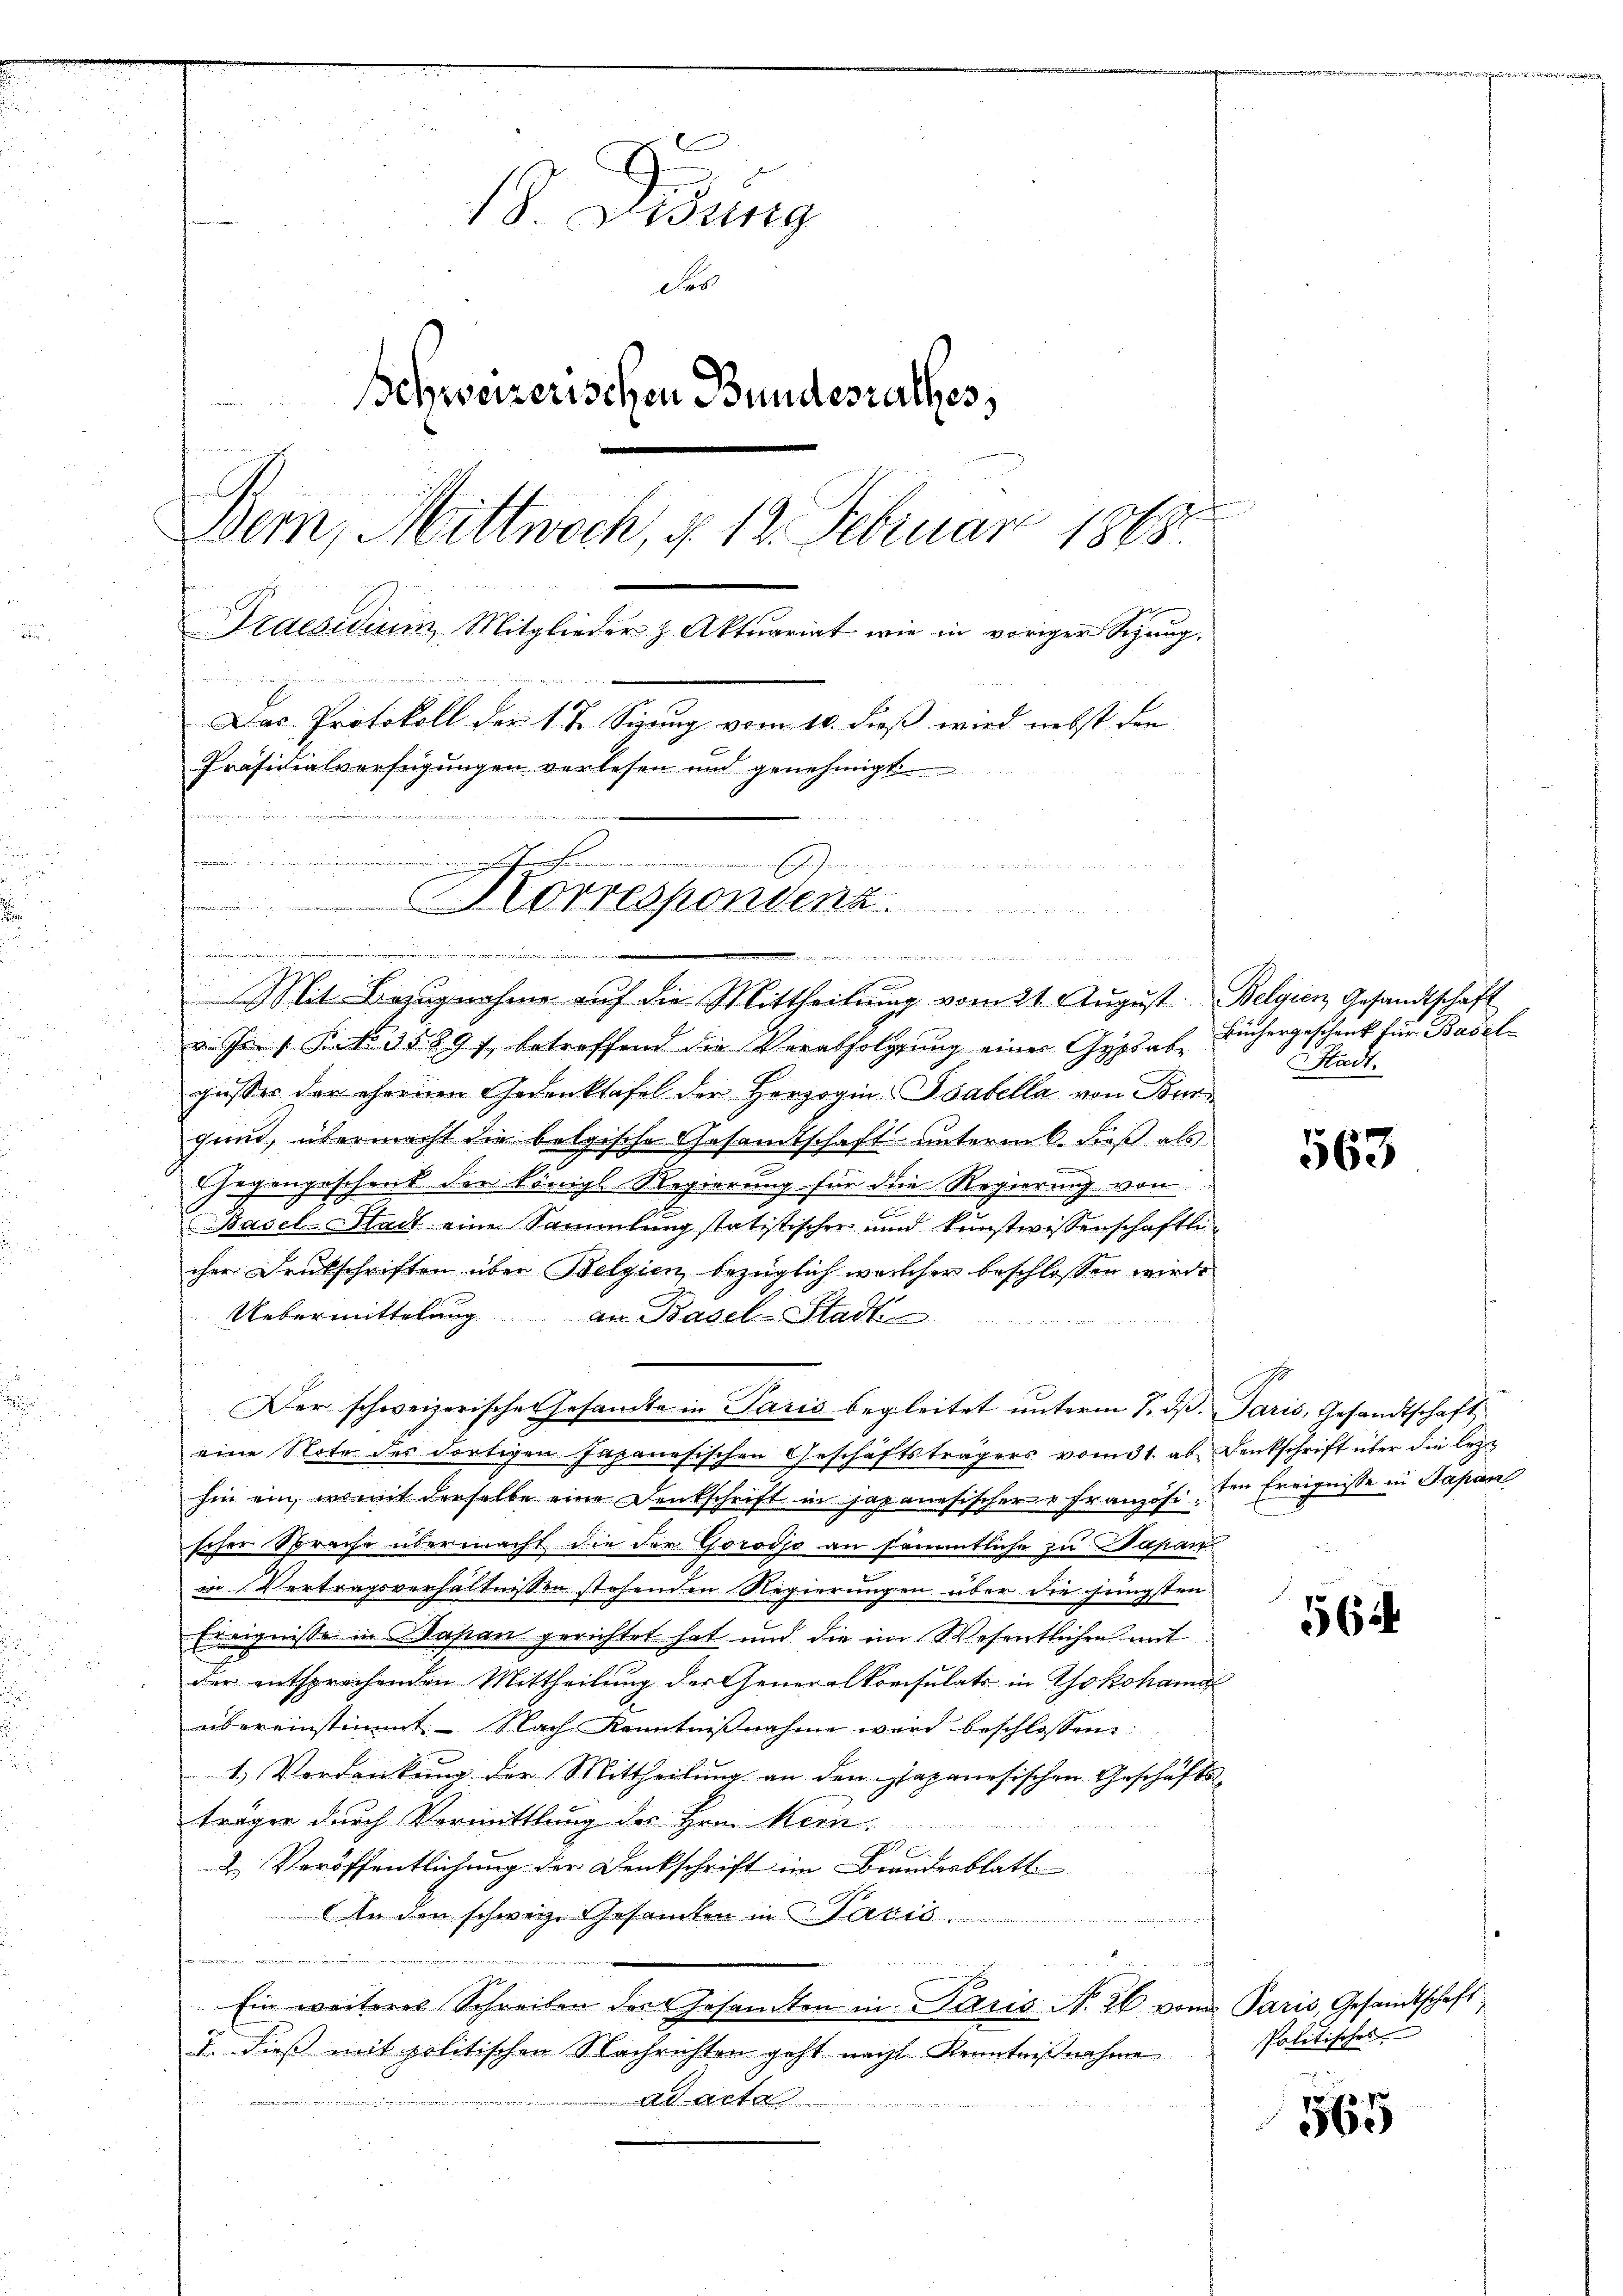
18. Disung
des
Schweizerischen Bundesrathes,
Bern, Mittwoch, § 12. Februar 1868.
Praesidium Mitglieder z. Aktuariat wie in voriger Sitzung.

Das Protokoll der 1 t Sizung vom 10. dieß wird nebst den
Präsidialverfügungen verlesen und genehmigt
fieren
Brementen innig ver
Korrespondenz

Mit Bezugnahme auf die Mittheilung vom 21. August Belgien Gesandtschaft
in den 1 Frk. 3589 f., betreffend die Verabfolgung einer Gypsabe
gusser der ehernen Gedenktafel der Herzogin-Tabella von Ber
gund, übermacht die belgische Gesandtschaft unterm 6. dieß als
Gegengeschenk der königl Regierung für die Regierung von
Basel-Stadt eine Sammlung statistischen und kunstwissenschaftli-
cher Druckschriften über Belgien, bezüglich welcher beschlossen wird.
Uebermittelung
an Basel-Stadt
Der schweizerisches Gesandte in Paris begleitet unterm 7. dß. Paris, Gesandtschaft
eine Note des dortigen Japanesischen Geschäftsträgers vom 31. ab. Denkschrift über die lezt
hin ein, womit derselbe eine Deutschrift in japanesischer u Französi. Ein Ereignisse in Papar
scher Sprache übermacht die der Gorodjo an sämmtliche zu Dapanz
in Vertragsverhältnissen stehenden Regierungen über die jüngsten
Ereignisse in Klapan gerichtet hat und die im Wesentlichen mit
der entsprechenden Mittheilung der Generalkonsulats in Yokohamal
übereinstimmt. Nach Kenntnißnahme wird beschlossen:
1.) Verdankung der Mittheilung an den japanesischen Geschäfts-
trägen durch Vormittlung des Hern Kern
2. Veröffentlichung der Denkschrift im Brandesblatt
In den schweiz. Gesamten in Paris

 25 Seiter der ge
Ein weiteres Schreiben der Gesamten in Paris N. 26 vom Paris, Gesandtschaft
T. dieß mit politischen Nachrichten geht nacht Kenntnißnahme
e
ad acta

in den sei der zu einen

Büchergeschenk für Basel-
Stadt.

563

5624

Politisches

565